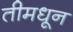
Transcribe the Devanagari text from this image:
तीमधून